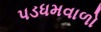
પડધમવાળો